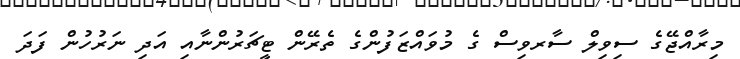
މިރާއްޖޭގެ ސިވިލް ސާރވިސް ގެ މުވައްޒަފުންގެ ތެރޭން ޓީޗަރުންނާއި އަދި ނަރުހުން ފަދަ